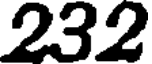
232